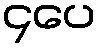
၄ပေ